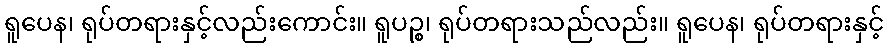
ရူပေန၊ ရုပ်တရားနှင့်လည်းကောင်း။ ရူပဉ္စ၊ ရုပ်တရားသည်လည်း။ ရူပေန၊ ရုပ်တရားနှင့်